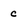
Character: c